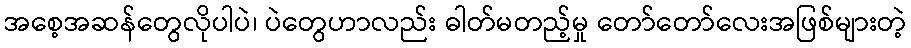
အစေ့အဆန်တွေလိုပါပဲ၊ ပဲတွေဟာလည်း ဓါတ်မတည့်မှု တော်တော်လေးအဖြစ်များတဲ့